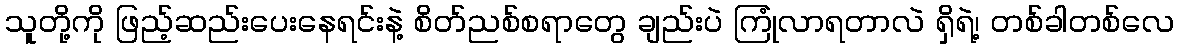
သူတို့ကို ဖြည့်ဆည်းပေးနေရင်းနဲ့ စိတ်ညစ်စရာတွေ ချည်းပဲ ကြုံလာရတာလဲ ရှိရဲ့၊ တစ်ခါတစ်လေ